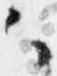
々